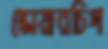
স্কোয়ারচিপ